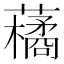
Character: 𮒬